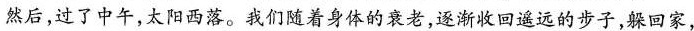
然后，过了中午,太阳西落。我们随着身体的衰老,逐渐收回遥远的步子，躲回家，